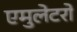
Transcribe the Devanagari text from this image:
एमुलेटरों